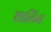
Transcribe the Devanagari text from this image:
शालिम